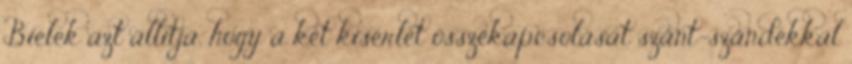
Bielek azt állítja, hogy a két kísérlet összekapcsolását szánt-szándékkal